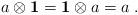
LaTeX: \begin{align*}a\otimes \mathbf{1}=\mathbf{1} \otimes a=a\;.\end{align*}